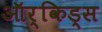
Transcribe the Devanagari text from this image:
ऑर्किड्‌स